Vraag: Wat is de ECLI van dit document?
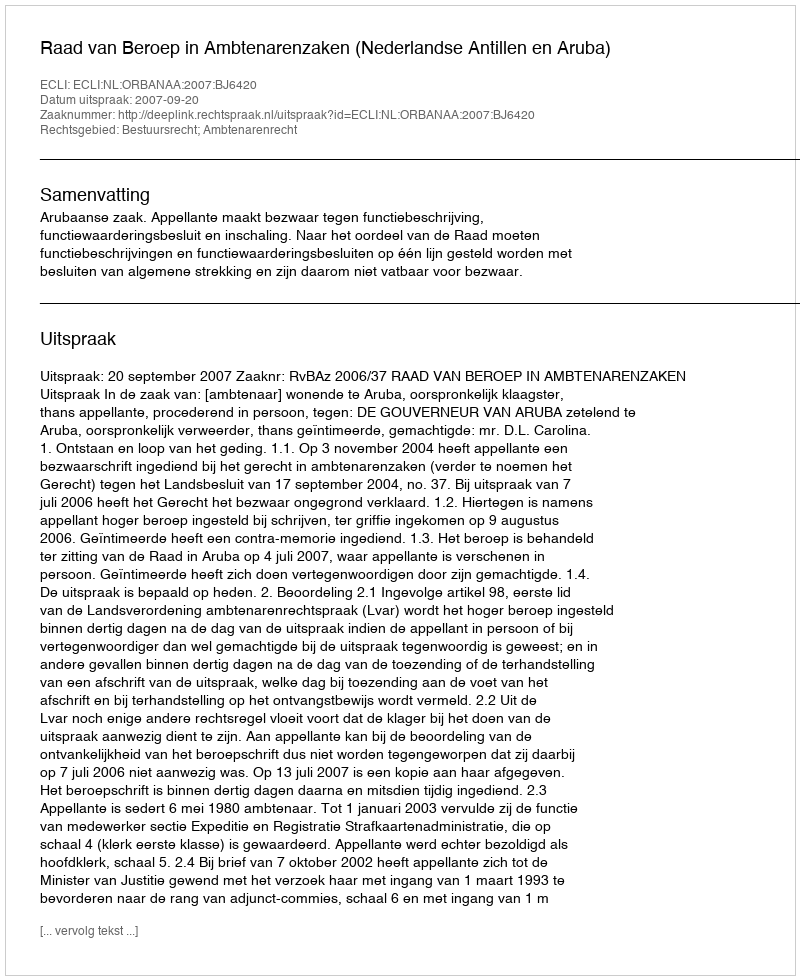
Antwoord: ECLI:NL:ORBANAA:2007:BJ6420